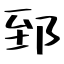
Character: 郅